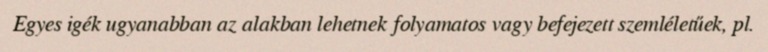
Egyes igék ugyanabban az alakban lehetnek folyamatos vagy befejezett szemléletűek, pl.